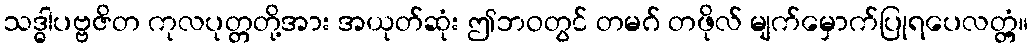
သဒ္ဓါပဗ္ဗဇိတ ကုလပုတ္တတို့အား အယုတ်ဆုံး ဤဘဝတွင် တမဂ် တဖိုလ် မျက်မှောက်ပြုရပေလတ္တံ့။